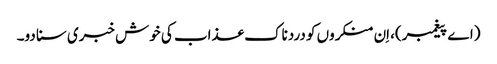
(اے پیغمبر)، اِن منکروں کو دردناک عذاب کی خوش خبری سنا دو۔